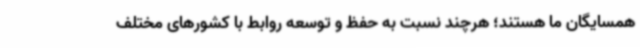
همسایگان ما هستند؛ هرچند نسبت به حفظ و توسعه روابط با کشورهای مختلف